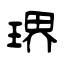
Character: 琾